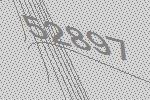
52897